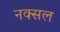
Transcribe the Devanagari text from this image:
नक्‍सल